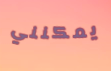
يمكنني